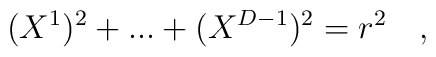
(X^{1})^{2} + ... + (X^{D-1})^2 = r^{2}\quad ,